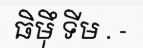
ធិម៉ឹ ទីម . -